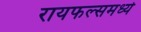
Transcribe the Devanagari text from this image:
रायफल्समध्ये